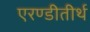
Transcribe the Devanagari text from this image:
एरण्डीतीर्थ